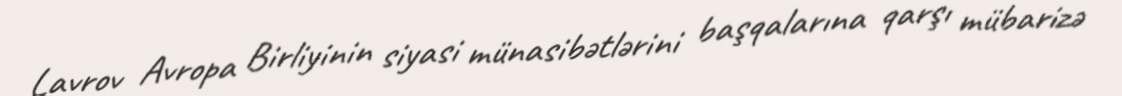
Lavrov Avropa Birliyinin siyasi münasibətlərini başqalarına qarşı mübarizə